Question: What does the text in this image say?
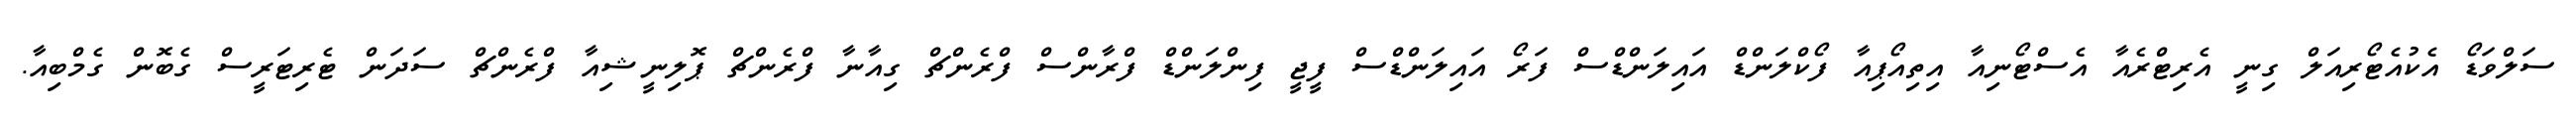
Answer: ސަލްވަޑޯ އެކުއެޓޯރިއަލް ގިނީ އެރިޓްރެއާ އެސްޓޯނިއާ އިތިއޯޕިއާ ފޯކްލަންޑް އައިލަންޑްސް ފަރޯ އައިލަންޑްސް ފީޖީ ފިންލަންޑް ފްރާންސް ފްރެންޗް ގިއާނާ ފްރެންޗް ޕޮލިނީޝިއާ ފްރެންޗް ސަދަން ޓެރިޓަރީސް ގެބޮން ގެމްބިއާ.